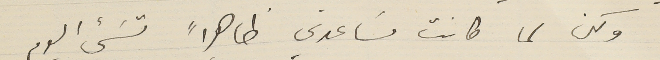
ولكن لما كانت مسَاعدتي ظاهراً تسَيء اليوم